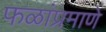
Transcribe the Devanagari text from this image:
फळांप्रमाणे